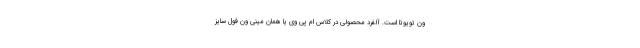
ون تویوتا است. آلفرد محصولی در کلاس ام پی وی یا همان مینی ون فول سایز